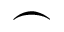
\frown